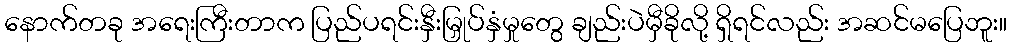
နောက်တခု အရေးကြီးတာက ပြည်ပရင်းနှီးမြှုပ်နှံမှုတွေ ချည်းပဲမှီခိုလို့ ရှိရင်လည်း အဆင်မပြေဘူး။